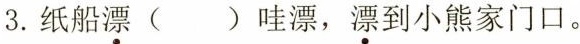
3.纸船漂()哇漂，漂到小熊家门口。